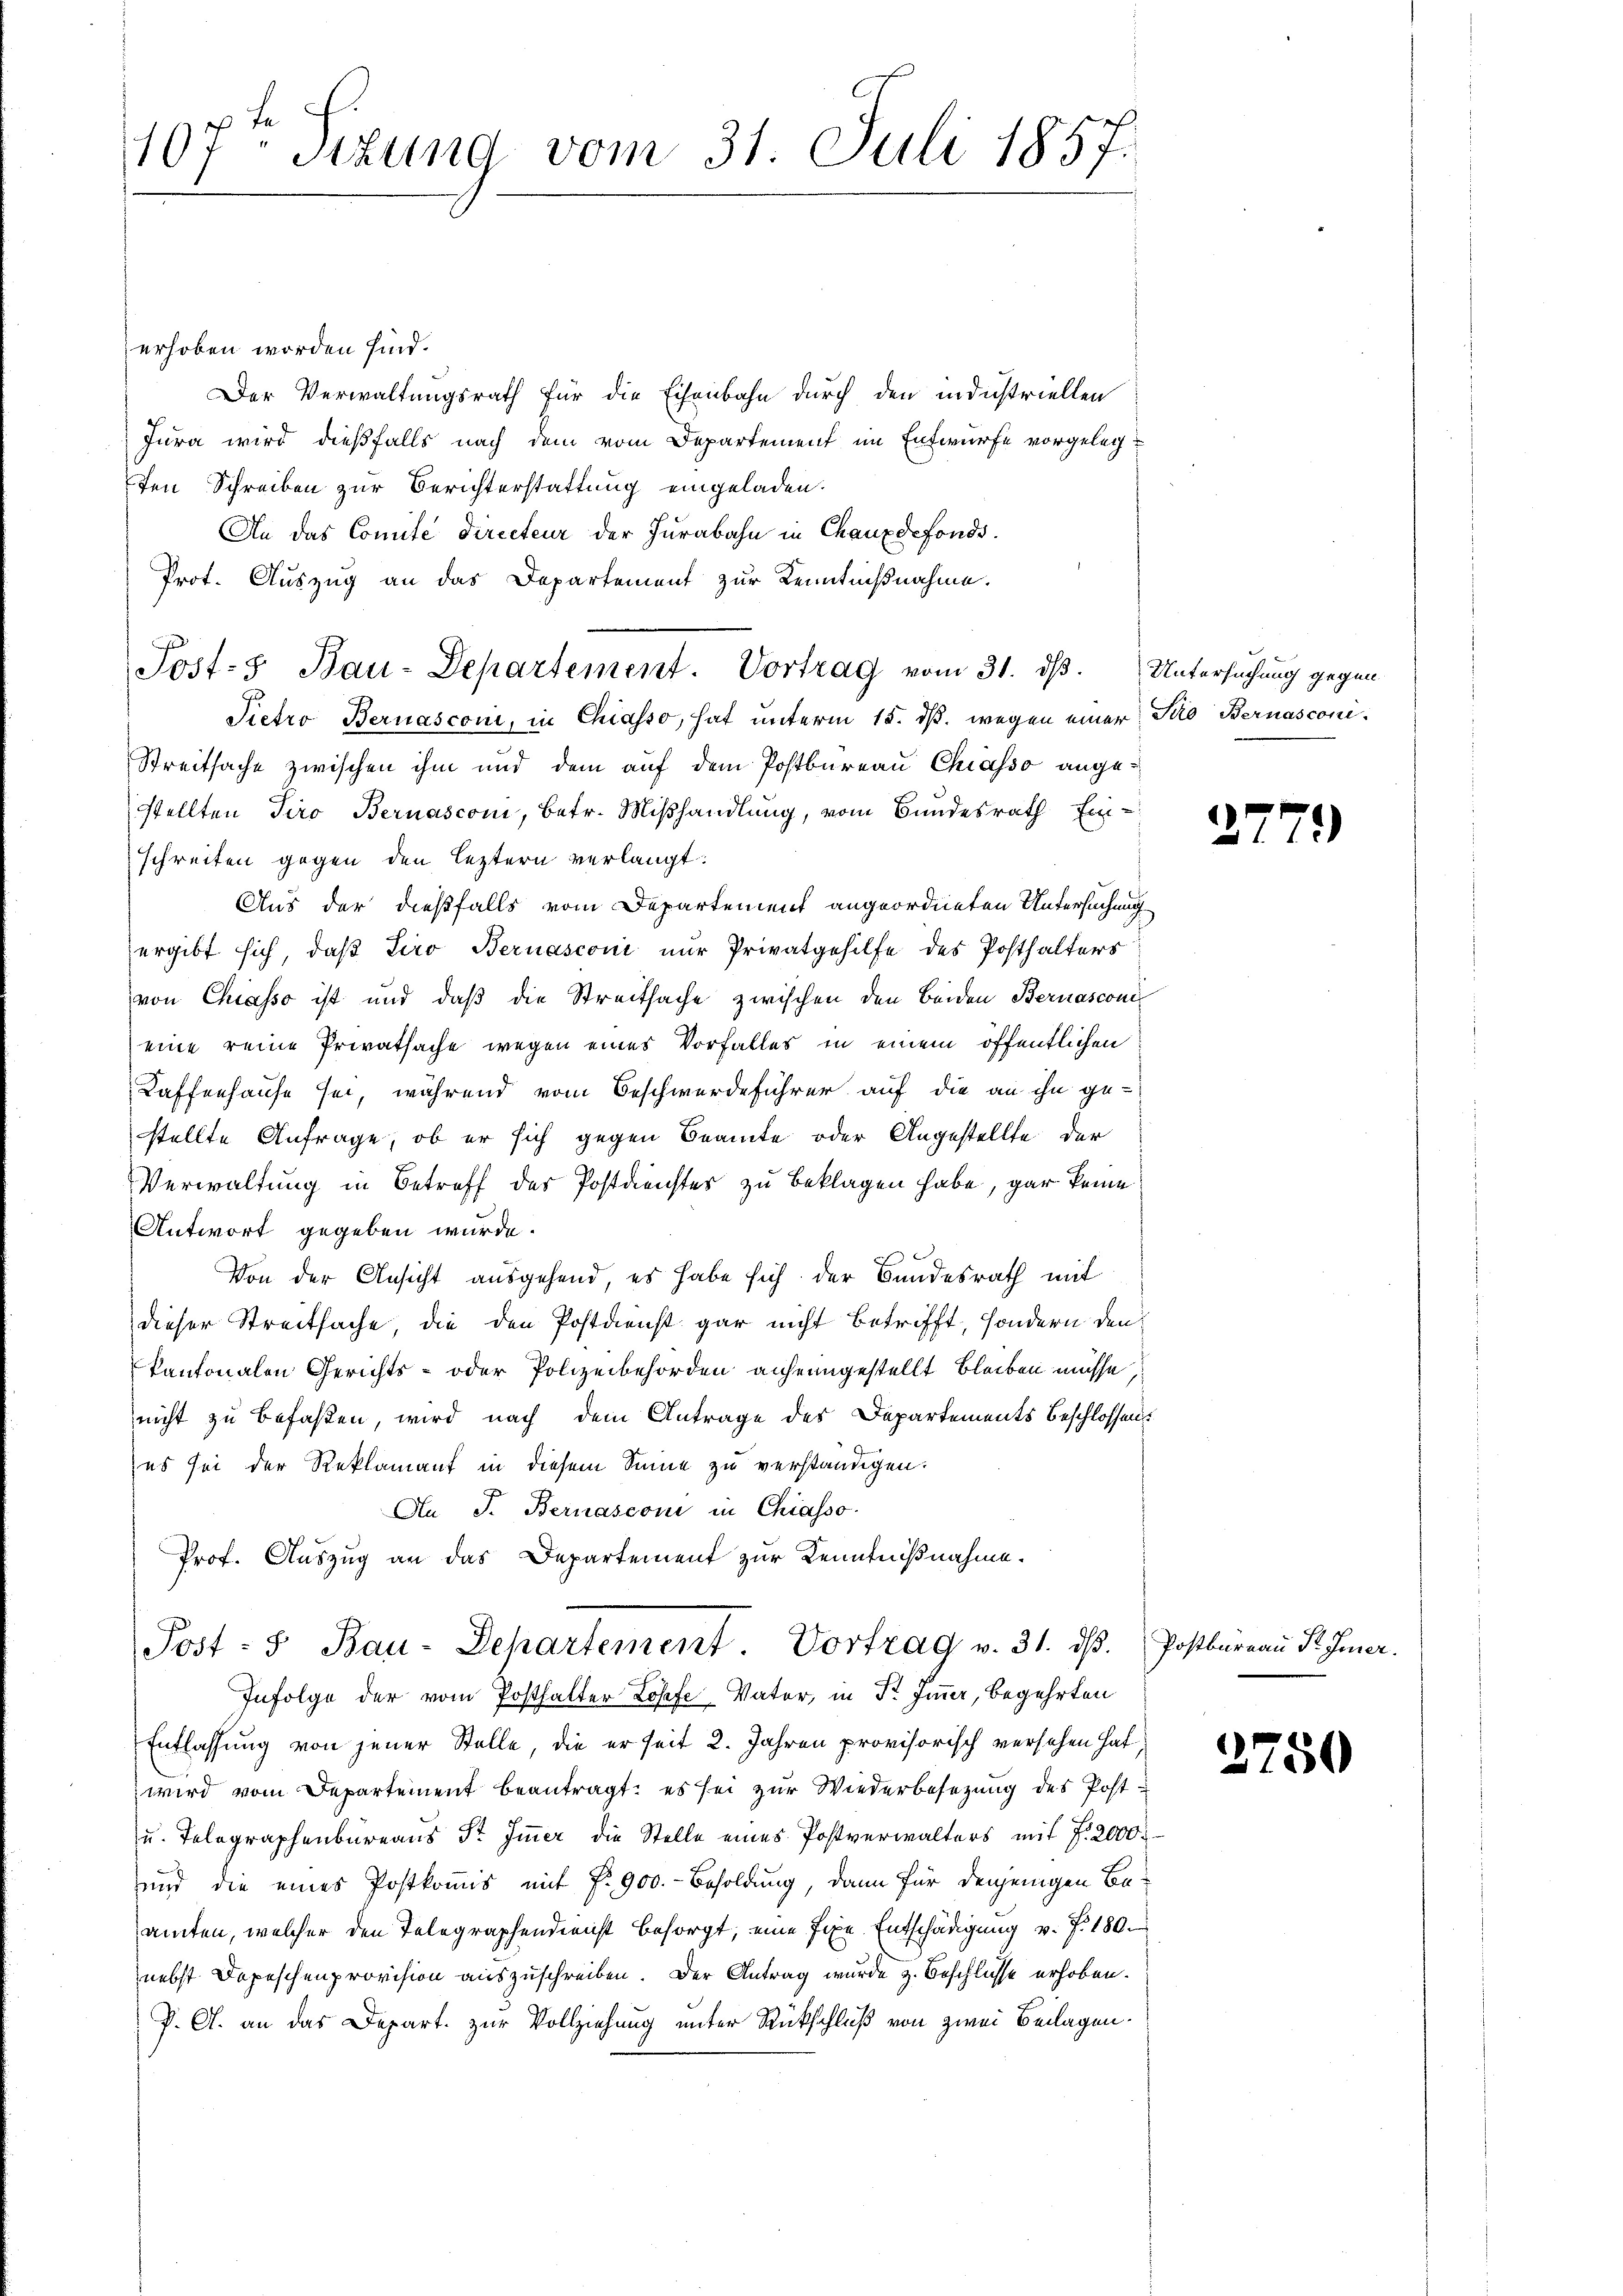
107. Sizung vom 31. Juli 1857.

erhoben worden sind.
Der Verwaltungsrath für die Eisenbahn durch den industriellen
Jura wird dießfalls nach dem vom Departement im Entwurfe vorgelegten Schreiben zur Berichterstattung eingeladen.
An das Comite directeur der Jurabahn in Chauxdefonds.
Prot. Auszug an das Departement zur Kenntnißnahme.
Pietro Bernasconi, in Chiasso, hat unterm 15. ds. wegen einer Sto Bernasconi-
Streitsache zwischen ihm und dem auf dem Postbureau Chiasso angestellten Tiro Bernasconi, betr. Mißhandlung, vom Bundesrath Ein-
schreiten gegen den leztern verlangt.
Aus der dießfalls vom Departement angeordneten Untersuchung
ergibt sich, daß Liro Bernasconi nur Privatgehilfe des Posthalters
von Chiasso ist und daß die Streitsache zwischen den Beiden Bernasconi
eine reine Privatsache wegen eines Vorfalles in einem öffentlichen
Kaffenhause sei, während vom Beschwerdeführer auf die an ihn ge-
stellte Anfrage, ob er sich gegen Beamte oder Angestellte der
Verwaltung in Betreff des Postdenstes zu beklagen habe, gar keine
Antwort gegeben wurde.
Von der Ansicht ausgehend, es habe sich der Bundesrath mit
dieser Streitsache, die den Postdienst gar nicht betrifft, sondern den
kantonalen Gerichts- oder Polizeibehörden anheimgestellt bleiben müsse
nicht zu befaßen, wird nach dem Antrage des Departements Beschlossens
es sei der Reklamant in diesem Sinne zu verständigen.
An J. Bernasconi in Chiasso-
Prof. Auszug an das Departement zur Kenntnißnahme.
Post- u Bau-Departement. Vortrag v. 31. dβ.
Infolge der vom Posthalter Losef Vater, in Fr. Zimmer, begehrten
Entlassung von jener Stelle, die er seit 2. Jahren provisorisch versehen hat
wird vom Departement beantragt, es sei zur Wiederbesezung des Post¬
u. Telegraphenbüreaus St. Immer die Stelle eines Postverwalters mit Z. 2000.-
und die eines Postkommis mit P. 900.- Besoldung, dann für denjenigen Be-
amten, welcher den Telegraphendienst besorgt, eine fixe Entschädigung v. J. 180.
nebst Depeschenprovision auszuschreiben. Der Antrag wurde z. Beschlusse erhoben.
P. G. an das Depart. zur Vollziehung unter Rückschluß von zwei Beilagen¬

Josts Bau-Departement. Vortrag vom 31. dß. Untersuchung gegen

37

)

Postbureau St. Gener.

2750